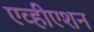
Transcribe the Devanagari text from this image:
एव्हीएशन